Annual administration report of the Civil Veterinary Department of India - 1896-1897
Year: 1896
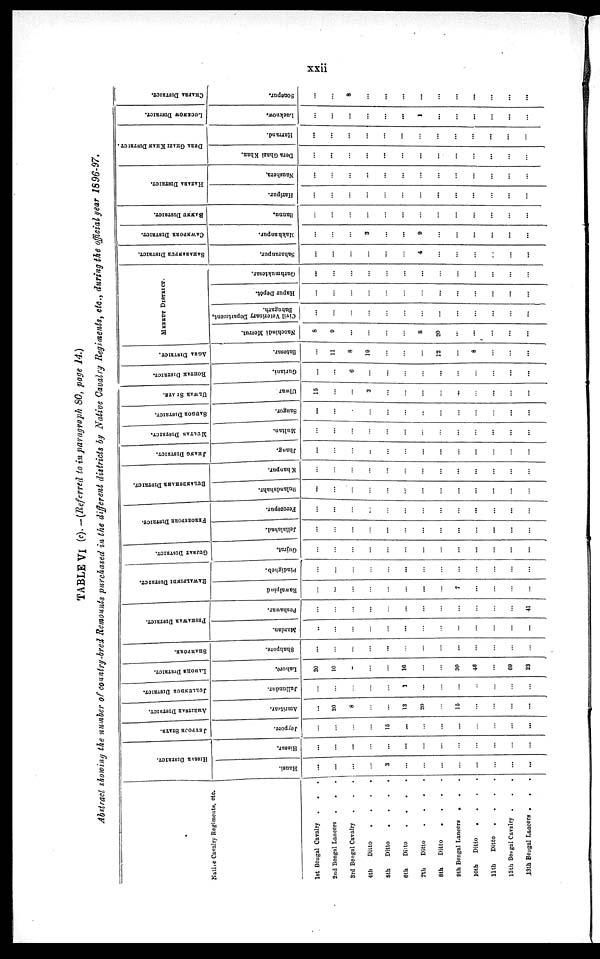
xxii
TABLE VI (c).—(Referred to in paragraph 80, page 14.)
Abstract showing the number of country-bred Remounts purchased in the different districts by Native Cavalry Regiments, etc., during the official year 1896-97.
Native Cavalry Regiments, etc.
1st Bengal Cavalry . . .
2nd Bengal Lancers . . .
3rd Bengal Cavalry . . .
4th
Ditto
.
.
.
.
5th Ditto
.
.
.
.
6th
Ditto
.
.
.
.
7th
Ditto
.
.
.
.
8th
Ditto
.
.
.
.
9th Bengal Lancers
. . .
10th
Ditto
.
.
.
.
11th
Ditto
.
.
.
.
12th Bengal Cavalry . . .
13th Bengal Lancers . . .
HISSAR DISTRICT.
Hansi.
...
...
...
...
3
...
...
...
...
...
...
...
...
Hissar.
...
...
...
...
...
...
...
...
...
...
...
...
...
JEYPOSE STATE.
Jeypore.
...
...
...
...
15
...
...
...
...
...
...
...
...
AMBITSAR DISTRICT.
Amritsar.
...
20
8
...
...
13
20
...
15
...
...
...
...
JULLUNDUR DISTRICT.
Jullundur.
...
...
...
...
...
1
...
...
...
...
...
...
...
LAHORE DRSTRICT.
Lahore.
20
10
...
...
...
16
...
...
30
46
...
69
23
SHAHPORE.
Shahpore.
...
...
...
...
...
...
...
...
...
...
...
...
...
PESHAWAR DISTRICT.
Mardan.
...
...
...
...
...
...
...
...
...
...
...
...
...
Peshawar.
...
...
...
...
...
...
...
...
...
...
...
...
41
RAWALPINDI DISTRICT.
Rawalpind
...
...
...
...
...
...
...
...
7
...
...
...
...
Pindigheb.
...
...
...
...
...
...
...
...
...
...
...
...
...
GUJRAT DISTRICT.
Gujrat.
...
...
...
...
...
...
...
...
...
...
...
...
...
FEROZPORE DISTRICT.
Jellalabad.
...
...
...
...
...
...
...
...
...
...
...
...
...
Ferozepur.
...
...
...
...
...
...
...
...
...
...
...
...
...
BULANDSHAHR DISTRICT.
Bulandshahr.
...
...
...
...
...
...
...
...
...
...
...
...
...
Khanpur.
...
...
...
...
...
...
...
...
...
...
...
...
...
JHANG DISTRICT.
Jhang.
...
...
...
...
...
...
...
...
...
...
...
...
...
MULTAN DISTRICT.
Multan.
...
...
...
...
...
...
...
...
...
...
...
...
...
SAUGOR DISTRICT.
Saugor.
...
...
...
...
...
...
...
...
...
...
...
...
...
ULWAR STATE.
Ulwar
15
...
...
3
...
...
...
...
...
...
...
...
...
ROHTAK DISTRICT.
Guriani.
...
...
6
...
...
...
...
...
...
...
...
...
...
AGRA DISTRICT.
Batesar.
...
11
8
19
...
...
...
12
...
8
...
...
...
MEERUT DISTRICE.
Nanchindi Meerut.
8
9
...
...
...
...
8
20
...
...
...
...
...
Civil Veterinary Department,
Babugarh.
...
...
...
...
...
...
...
...
...
...
...
...
...
Hapur Depôt.
...
...
...
...
...
...
...
...
...
...
...
...
...
Gurhmuktesar.
...
...
...
...
...
...
...
...
...
...
...
...
...
SAHABANPUR DISTRICT.
Saharanpur.
...
...
...
...
...
...
4
...
...
...
...
...
...
CAWNPORE DISTRICT.
Makhanpur.
...
...
...
3
...
...
9
...
...
...
...
...
...
BANNU DISTRICT.
Bannu.
...
...
...
...
...
...
...
...
...
...
...
...
...
HAZARA DISTRICT
Haripur.
...
...
...
...
...
...
...
...
...
...
...
...
...
Naushera.
...
...
...
...
...
...
...
...
...
...
...
...
...
DEEA RITIGHAZI KHAN DISTRICT
Dera Ghazi Khan.
...
...
...
...
...
...
...
...
...
...
...
...
...
Harrand.
...
...
...
...
...
...
...
...
...
...
...
...
...
LUCKNOW DISTRICT.
Lucknow.
...
...
...
...
...
...
1
...
...
...
...
...
...
CHAPRA DISTRICT.
Sonepur.
...
...
8
...
...
...
...
...
...
...
...
...
...